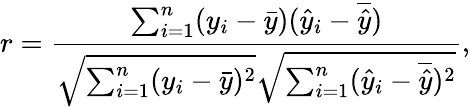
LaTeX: r=\frac{\sum_{i=1}^{n}(y_{i}-\bar{y})(\hat{y}_{i}-\overline{{\hat{y}}})}{\sqrt{\sum_{i=1}^{n}(y_{i}-\bar{y})^{2}}\sqrt{\sum_{i=1}^{n}(\hat{y}_{i}-\overline{{\hat{y}}})^{2}}},